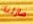
مازلنا